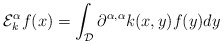
\begin{align*}\mathcal{E}_k^{\alpha}f(x) = \int_{\mathcal{D}} \partial^{\alpha,\alpha}k(x,y)f(y)dy\end{align*}